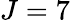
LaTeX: J=7